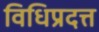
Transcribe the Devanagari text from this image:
विधिप्रदत्त